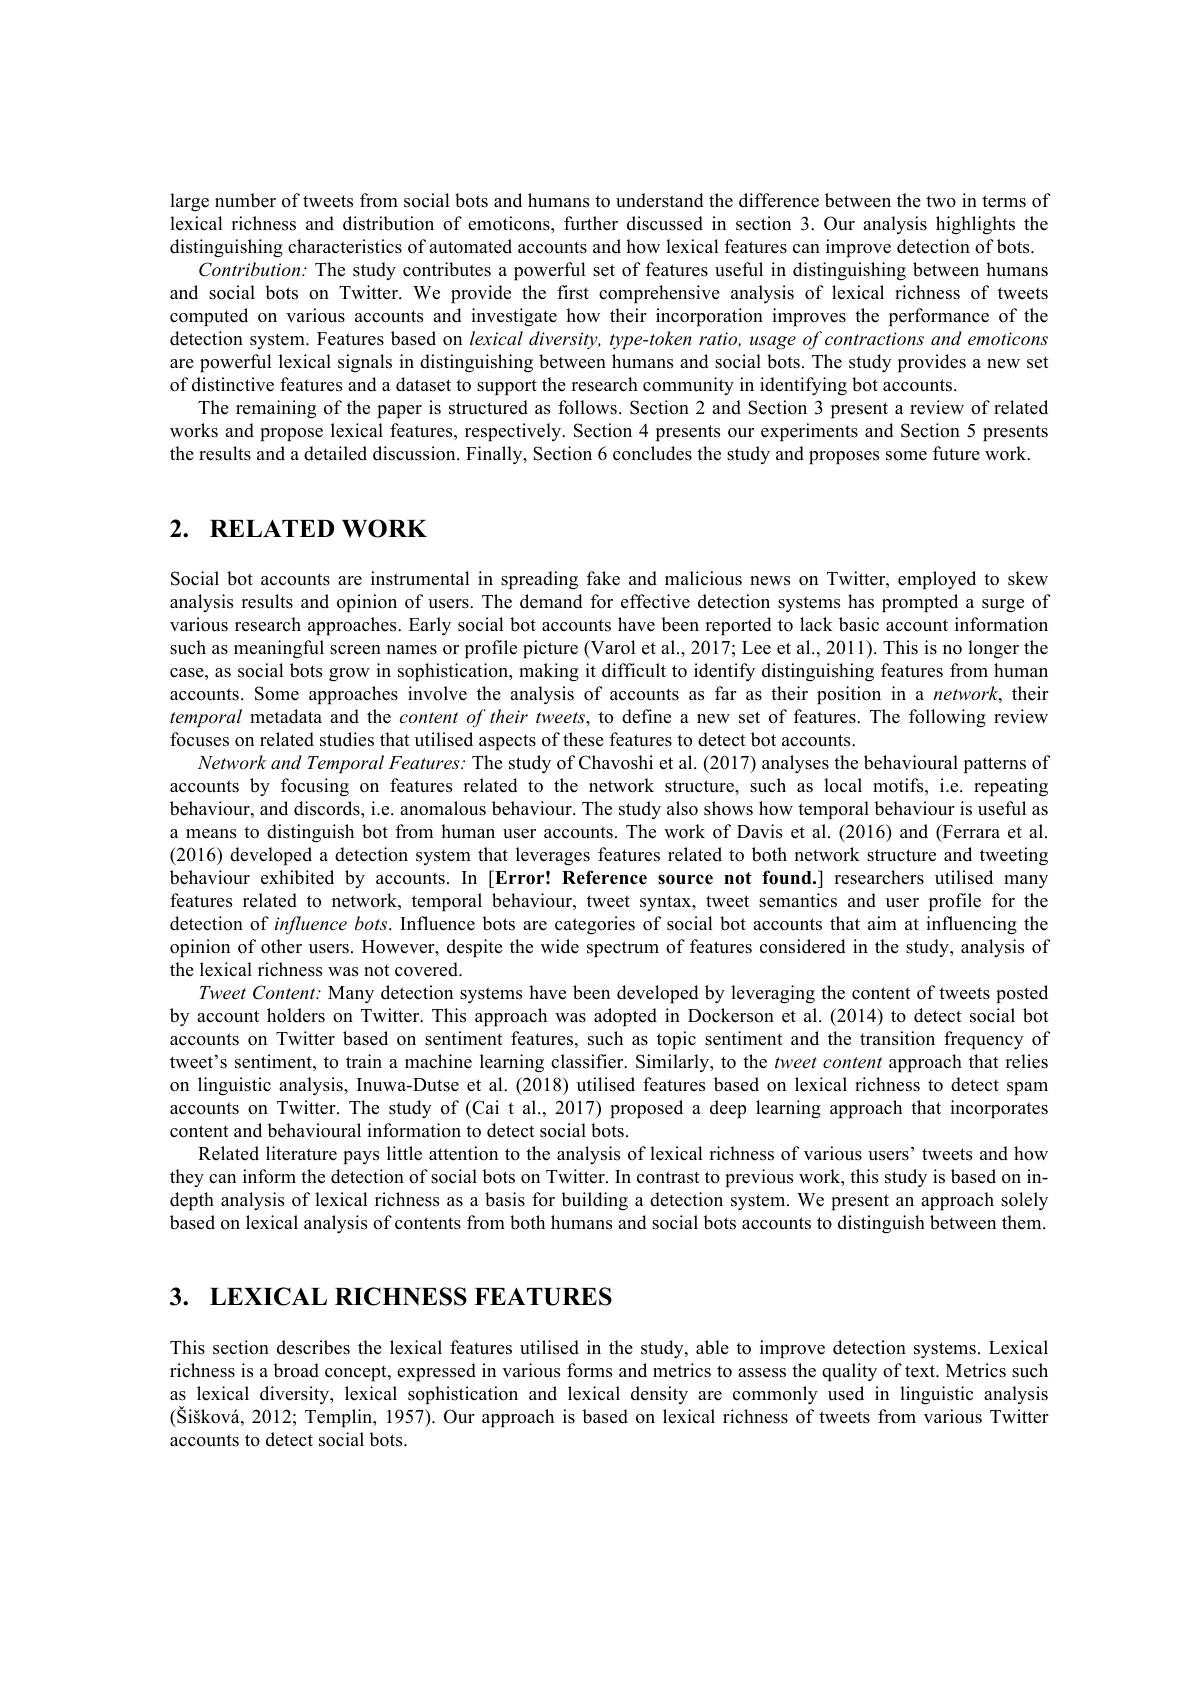
large number of tweets from social bots and humans to understand the difference between the two in terms of lexical richness and distribution of emoticons, further discussed in section 3. Our analysis highlights the distinguishing characteristics of automated accounts and how lexical features can improve detection of bots.
$Contribution:$ The study contributes a powerful set of features useful in distinguishing between humans and social bots on Twitter. We provide the first comprehensive analysis of lexical richness of tweets computed on various accounts and investigate how their incorporation improves the performance of the detection system. Features based on lexical diversity, type-token ratio, usage of contractions and emoticons are powerful lexical signals in distinguishing between humans and social bots. The study provides a new set of distinctive features and a dataset to support the research community in identifying bot accounts.
The remaining of the paper is structured as follows. Section 2 and Section 3 present a review of related works and propose lexical features, respectively. Section 4 presents our experiments and Section 5 presents the results and a detailed discussion. Finally, Section 6 concludes the study and proposes some future work.

# 2. RELATED WORK

Social bot accounts are instrumental in spreading fake and malicious news on Twitter, employed to skew analysis results and opinion of users. The demand for effective detection systems has prompted a surge of various research approaches. Early social bot accounts have been reported to lack basic account information such as meaningful screen names or profile picture (Varol et al., 2017; Lee et al., 2011). This is no longer the case, as social bots grow in sophistication, making it difficult to identify distinguishing features from human accounts. Some approaches involve the analysis of accounts as far as their position in a $network$, their temporal metadata and the $contentoftheirtweets$, to define a new set of features. The following review focuses on related studies that utilised aspects of these features to detect bot accounts.
Network and Temporal Features: The study of Chavoshi et al. (2017) analyses the behavioural patterns of accounts by focusing on features related to the network structure, such as local motifs, i.e. repeating behaviour, and discords, i.e. anomalous behaviour. The study also shows how temporal behaviour is useful as a means to distinguish bot from human user accounts. The work of Davis et al.(2016) and (Ferrara et al. (2016) developed a detection system that leverages features related to both network structure and tweeting behaviour exhibited by accounts. In [Error! Reference source not found.] researchers utilised many features related to network, temporal behaviour, tweet syntax, tweet semantics and user profile for the detection of $influencebots.$ Influence bots are categories of social bot accounts that aim at influencing the opinion of other users. However, despite the wide spectrum of features considered in the study, analysis of the lexical richness was not covered.
Tweet Content: Many detection systems have been developed by leveraging the content of tweets posted by account holders on Twitter. This approach was adopted in Dockerson et al.(2014) to detect social bot accounts on Twitter based on sentiment features, such as topic sentiment and the transition frequency of tweet's sentiment, to train a machine learning classifier. Similarly, to the tweet content approach that relies on linguistic analysis, Inuwa-Dutse et al.(2018) utilised features based on lexical richness to detect spam accounts on Twitter. The study of (Cai t al., 2017) proposed a deep learning approach that incorporates content and behavioural information to detect social bots.
Related literature pays little attention to the analysis of lexical richness of various users' tweets and how they can inform the detection of social bots on Twitter. In contrast to previous work, this study is based on indepth analysis of lexical richness as a basis for building a detection system. We present an approach solely based on lexical analysis of contents from both humans and social bots accounts to distinguish between them

3. LEXICAL RICHNESS FEATURES

This section describes the lexical features utilised in the study, able to improve detection systems. Lexical richness is a broad concept, expressed in various forms and metrics to assess the quality of text. Metrics such as lexical diversity, lexical sophistication and lexical density are commonly used in linguistic analysis $( \text{\v{S} i\v{s} kov\'{a} , 2012; Templin, 1957) . Our approach is based on lexical richness of tweets from various Twitter}$ accounts to detect social bots.